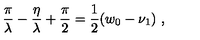
\frac { \pi } { \lambda } - \frac { \eta } { \lambda } + \frac { \pi } { 2 } = \frac { 1 } { 2 } ( w _ { 0 } - \nu _ { 1 } ) \ ,